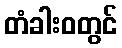
တံခါးဝတွင်